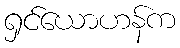
ရှင်ယောဟန်က